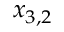
x _ { 3 , 2 }